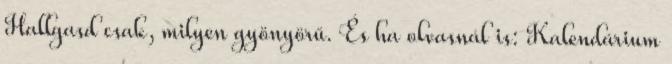
Hallgasd csak, milyen gyönyörű. És ha olvasnál is: Kalendárium